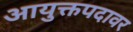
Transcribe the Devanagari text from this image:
आयुक्तपदावर